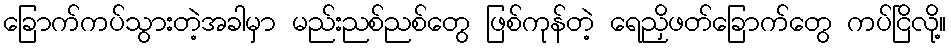
ခြောက်ကပ်သွားတဲ့အခါမှာ မည်းညစ်ညစ်တွေ ဖြစ်ကုန်တဲ့ ရေညှိဖတ်ခြောက်တွေ ကပ်ငြိလို့။